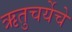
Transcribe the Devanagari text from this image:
ऋतुचर्येचे